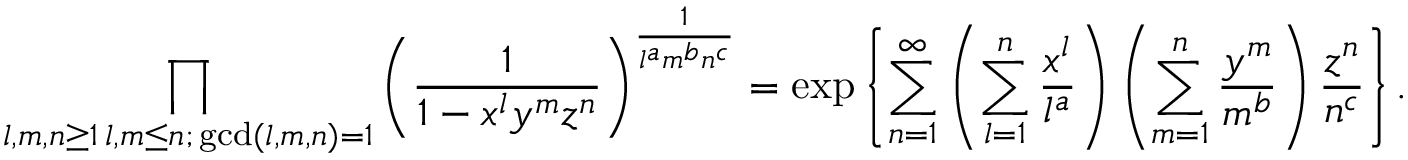
\prod _ { \substack { l , m , n \geq 1 \, l , m \leq n ; \, \operatorname* { g c d } ( l , m , n ) = 1 } } \left( \frac { 1 } { 1 - x ^ { l } y ^ { m } z ^ { n } } \right) ^ { \frac { 1 } { l ^ { a } m ^ { b } n ^ { c } } } = \exp \left\{ \sum _ { n = 1 } ^ { \infty } \left( \sum _ { l = 1 } ^ { n } \frac { x ^ { l } } { l ^ { a } } \right) \left( \sum _ { m = 1 } ^ { n } \frac { y ^ { m } } { m ^ { b } } \right) \frac { z ^ { n } } { n ^ { c } } \right\} .